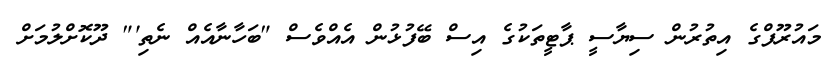
މައުރޫފްގެ އިތުރުން ސިޔާސީ ޕާޓީތަކުގެ އިސް ބޭފުޅުން އެއްވެސް "ބަހާނާއެއް ނެތި'" ދޫކޮށްލުމަށް